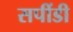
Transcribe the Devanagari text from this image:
सपींडी